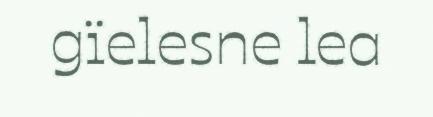
gïelesne lea